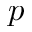
p